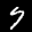
Label: 7